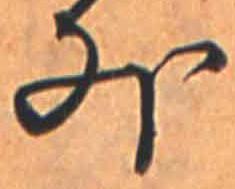
外